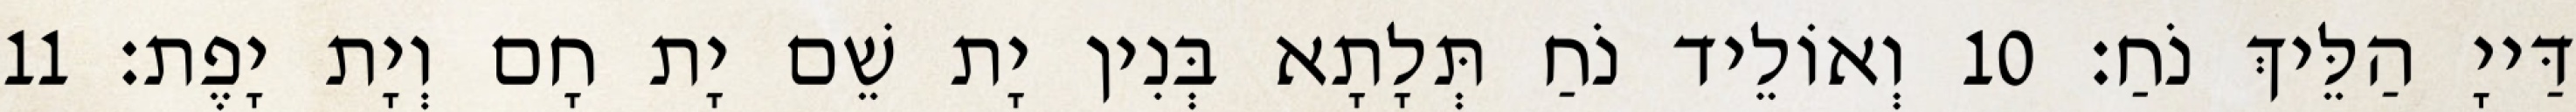
דַּייָ הַלֵּיךְ נֹחַ׃ 10 וְאוֹלֵיד נֹחַ תְּלָתָא בְּנִין יָת שֵׁם יָת חָם וְיָת יָפֶת׃ 11